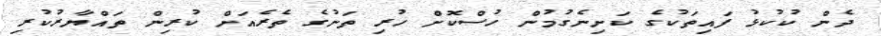
ދެން ކުކުޅު ފައިތަކުގެ ކަށިނެގުމުން ހުސްކޮށް ހުރި ތަނުގެ ތެރެއަށް ކުރިން ތައްޔާރުކުރި